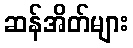
ဆန်အိတ်များ